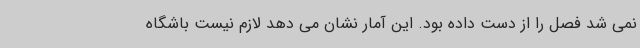
نمی شد فصل را از دست داده بود. این آمار نشان می دهد لازم نیست باشگاه